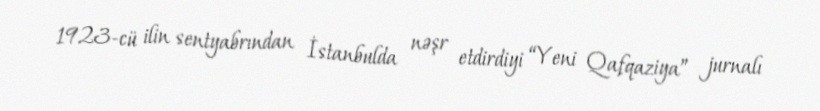
1923-cü ilin sentyabrından İstanbulda nəşr etdirdiyi “Yeni Qafqaziya” jurnalı